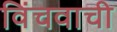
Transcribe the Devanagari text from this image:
विंचवाची